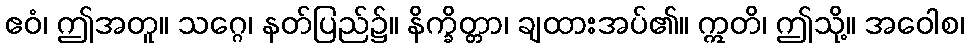
ဧဝံ၊ ဤအတူ။ သဂ္ဂေ၊ နတ်ပြည်၌။ နိက္ခိတ္တာ၊ ချထားအပ်၏။ ဣတိ၊ ဤသို့။ အဝေါစ၊